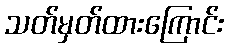
သတ်မှတ်ထားကြောင်း